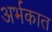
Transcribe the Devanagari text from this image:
अर्भकात